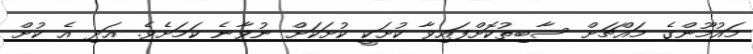
މައުމޫންގެ މައްޗަށް ސާބިތުކޮށްފައިވާ ކުށަކީ ކުށަކަށް ނުވާނެ ކަމަށެވެ. އަދި އެ ކުށް